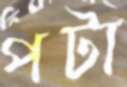
পটা